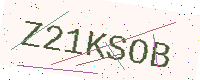
Text: Z21KSOB